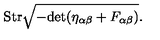
\mathrm { S t r } \sqrt { - \mathrm { d e t } ( \eta _ { \alpha \beta } + F _ { \alpha \beta } ) } .